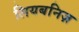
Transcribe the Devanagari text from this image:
लियबनिज़